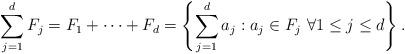
LaTeX: \begin{align*} \sum_{j=1}^d F_j = F_1 + \cdots + F_d = \left\{ \sum_{j=1}^d a_j : a_j \in F_j \ \forall 1 \le j \le d \right\}.\end{align*}